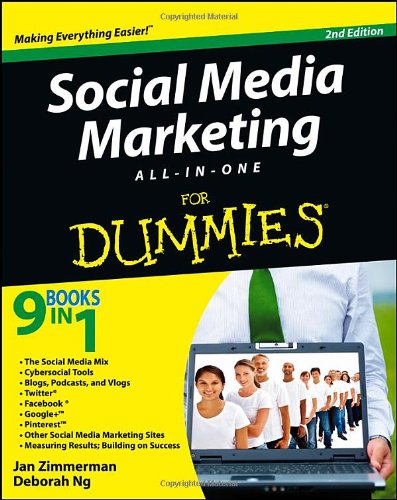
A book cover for Social Media Marketing All-in-One For Dummies; Jan Zimmerman; Computers & Technology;